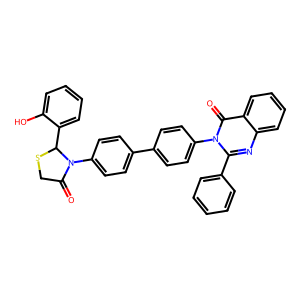
SMILES: O=C1CSC(c2ccccc2O)N1c1ccc(-c2ccc(-n3c(-c4ccccc4)nc4ccccc4c3=O)cc2)cc1
Inhibits HIV replication: No